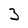
Character: 3